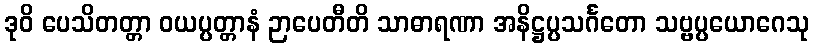
ဒုဝိ ပေသိတတ္တာ ဝယပ္ပတ္တာနံ ဉာပေတီတိ သာဓာရဏာ အနိဋ္ဌပ္ပသင်္ဂတော သဗ္ဗပ္ပယောဂေသု